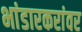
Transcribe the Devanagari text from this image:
भांडारकरांवर